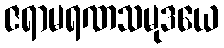
ဇရာမရဏသမုဒယေ